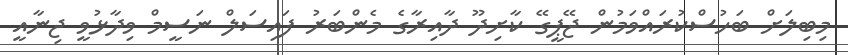
މިބިލަށް ބަހުސްކުރައްވަމުން ޖޭޕީގޭ ކާށިދޫ ދާއިރާގެ މެންބަރު ފައިސަލް ނަސީމް ވިދާޅުވީ ޖިނާއީ